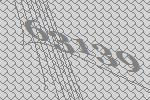
63139